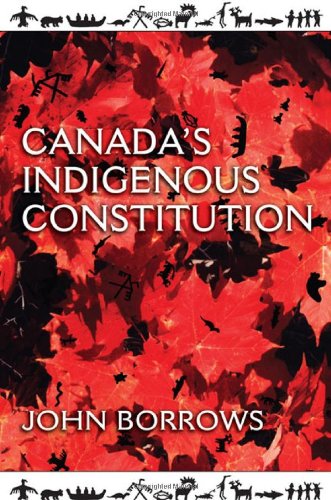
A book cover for Canada's Indigenous Constitution; John Borrows; Law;